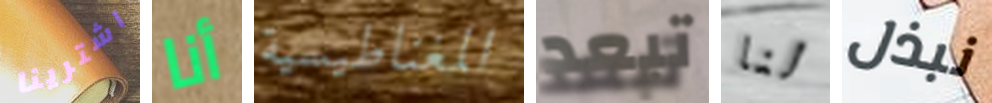
اشترينا أنا المغناطيسية تبعد لنا نبذل